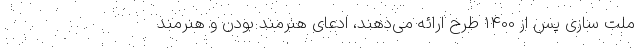
ملت سازی پس از 1400 طرح ارائه می‌دهند، ادعای هنرمند بودن و هنرمند